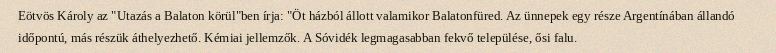
Eötvös Károly az "Utazás a Balaton körül"ben írja: "Öt házból állott valamikor Balatonfüred. Az ünnepek egy része Argentínában állandó időpontú, más részük áthelyezhető. Kémiai jellemzők. A Sóvidék legmagasabban fekvő települése, ősi falu.